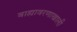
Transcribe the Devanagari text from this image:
बाह्यावरणाखाली